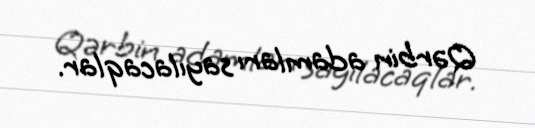
Qərbin adamları sayılacaqlar.